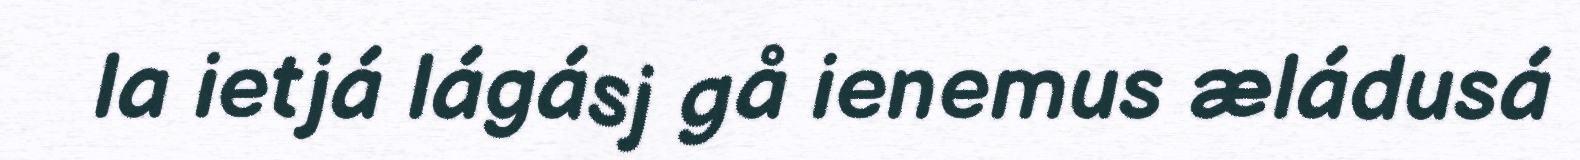
la ietjá lágásj gå ienemus æládusá